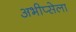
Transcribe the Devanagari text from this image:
अभीप्सेला